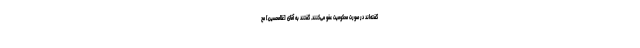
گفته‌اند در صورت محكومیت عفو مى‌كنند. گفتند به آقاى [غلامحسین] مح